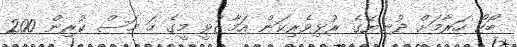
ބޯކޯ ހަރާމަށް ދުނިޔޭގެ ރުޅިވެރިކަން އަމާޒުވީ މީގެ ހަ މަސް ކުރިން 200